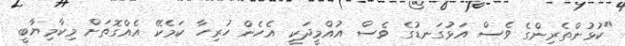
"ކުޅުންތެރިންގެ ވެސް އަޅުގަނޑުގެ ވެސް އުއްމީދަކީ އެހެން ހުރިހާ ކަމެކޭ އެއްގޮތަށް މިކާމިޔާބީ